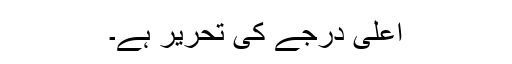
اعلی درجے کی تحریر ہے۔